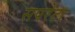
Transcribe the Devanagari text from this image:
सपरेटा